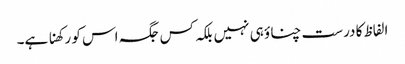
الفاظ کا درست چناؤ ہی نہیں بلکہ کس جگہ اس کو رکھنا ہے۔